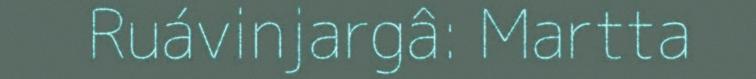
Ruávinjargâ: Martta